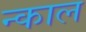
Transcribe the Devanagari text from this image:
न्काल